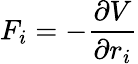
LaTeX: F_{i}=-\frac{\partial V}{\partial r_{i}}